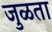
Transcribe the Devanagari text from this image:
जुळता